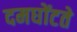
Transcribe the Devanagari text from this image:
दमघोंटते